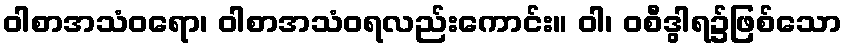
ဝါစာအသံဝရော၊ ဝါစာအသံဝရလည်းကောင်း။ ဝါ၊ ဝစီဒွါရ၌ဖြစ်သော